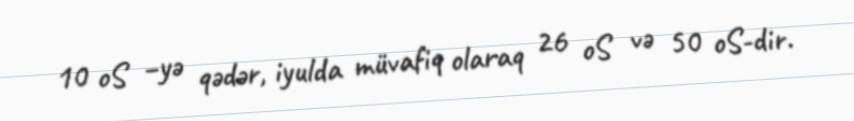
10 oS –yə qədər, iyulda müvafiq olaraq 26 oS və 50 oS-dir.